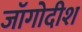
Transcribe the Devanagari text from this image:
जॉगोदीश